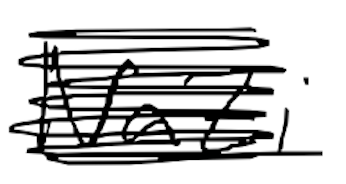
Text: Nazi
Cross-out: scratch
Writing tool: digital_black